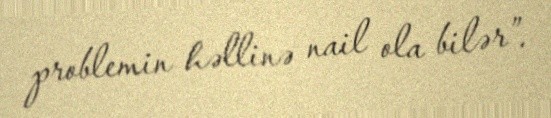
problemin həllinə nail ola bilər”.